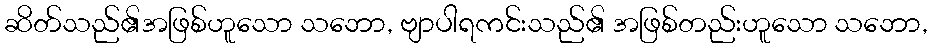
ဆိတ်သည်၏အဖြစ်ဟူသော သဘော, ဗျာပါရကင်းသည်၏ အဖြစ်တည်းဟူသော သဘော,